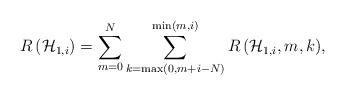
LaTeX: \begin{align*}R\left( { \mathcal{H} }_{ 1,i } \right) = \sum _{ m = 0 }^{ N }{ \sum _{ k = \max(0, m+i -N )}^{ \min\left( m,i \right) }{ R\left( { \mathcal{H} }_{ 1,i },m,k \right) } },\end{align*}